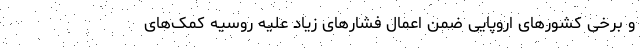
و برخی کشورهای اروپایی ضمن اعمال فشارهای زیاد علیه روسیه کمک‌های